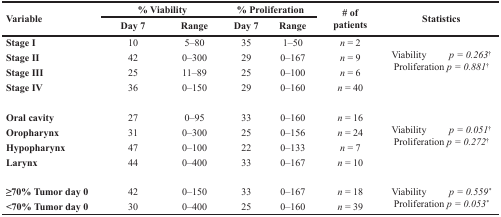
| <ROWSPAN=2> Variable | <COLSPAN=2> % Viability | <COLSPAN=2> % Proliferation | <ROWSPAN=2> # ofpatients | <ROWSPAN=2> Statistics |
 | Day 7 | Range | Day 7 | Range |
 | --- | --- | --- | --- | --- | --- | --- |
 | Stage I | 10 | 5–80 | 35 | 1–50 | n = 2 | <ROWSPAN=4> Viability p = 0.263†Proliferation p = 0.881† |
 | Stage II | 42 | 0–300 | 29 | 0–167 | n = 9 |
 | Stage III | 25 | 11–89 | 25 | 0–100 | n = 6 |
 | Stage IV | 36 | 0–150 | 29 | 0–160 | n = 40 |
 | Oral cavity | 27 | 0–95 | 33 | 0–160 | n = 16 | <ROWSPAN=4> Viability p = 0.051†Proliferation p = 0.272† |
 | Oropharynx | 31 | 0–300 | 25 | 0–156 | n = 24 |
 | Hypopharynx | 47 | 0–100 | 22 | 0–133 | n = 7 |
 | Larynx | 44 | 0–400 | 33 | 0–167 | n = 10 |
 | ≥70% Tumor day 0 | 42 | 0–150 | 33 | 0–167 | n = 18 | <ROWSPAN=2> Viability p = 0.559*Proliferation p = 0.053* |
 | <70% Tumor day 0 | 30 | 0–400 | 25 | 0–160 | n = 39 |